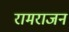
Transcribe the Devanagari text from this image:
रामराजन